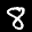
Label: 8